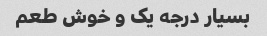
بسیار درجه یک و خوش طعم